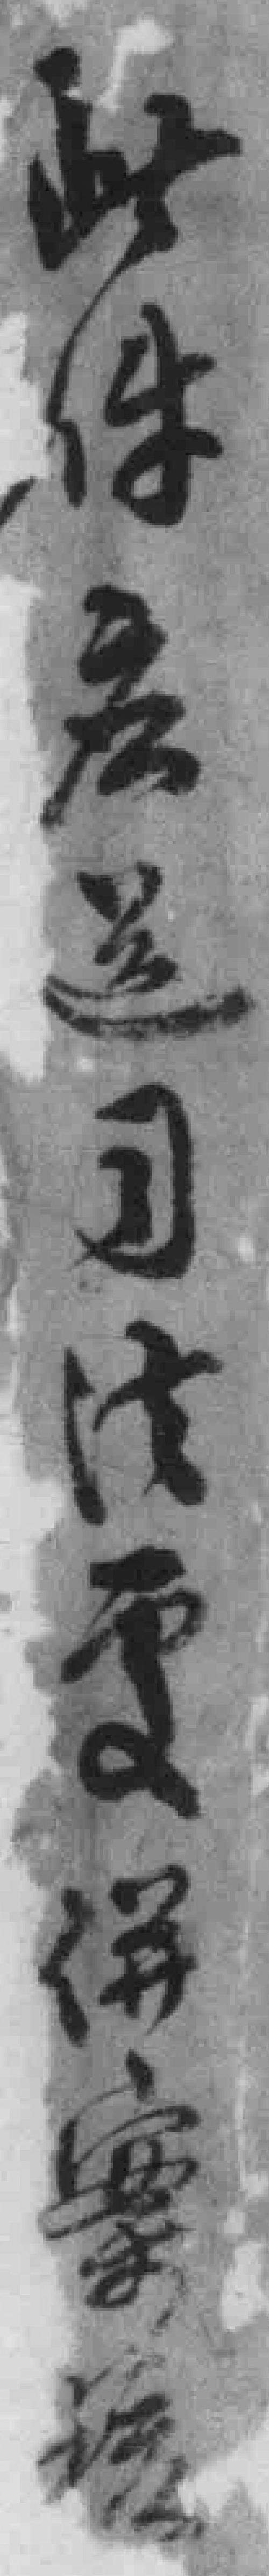
此件应送司法*併案*